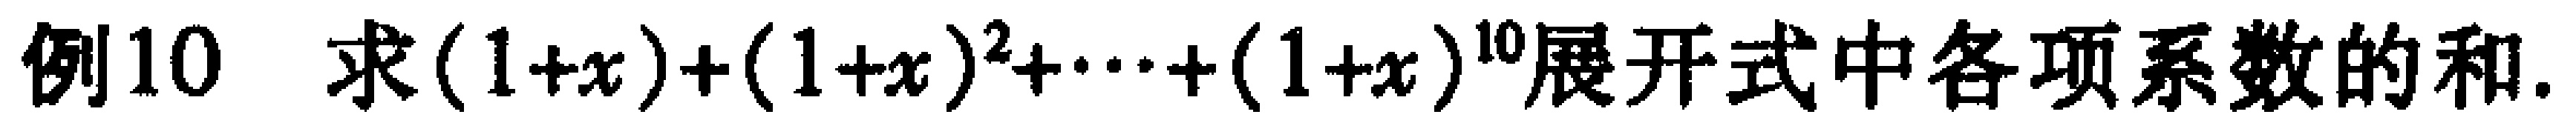
例10 求\((1 + x)+(1 + x)^2+\cdots+(1 + x)^{10}\)展开式中各项系数的和.